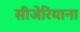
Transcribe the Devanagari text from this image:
सीजेरियाना